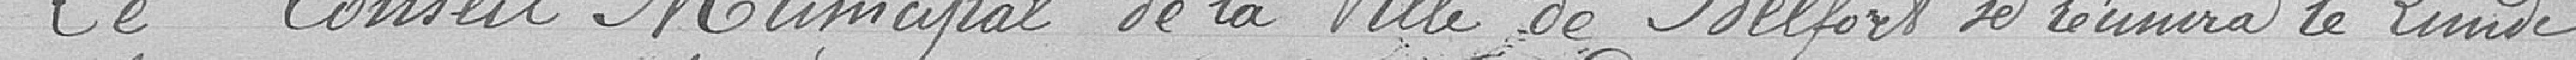
Le Conseil Municipal de la Ville de Belfort se réunira le lundi